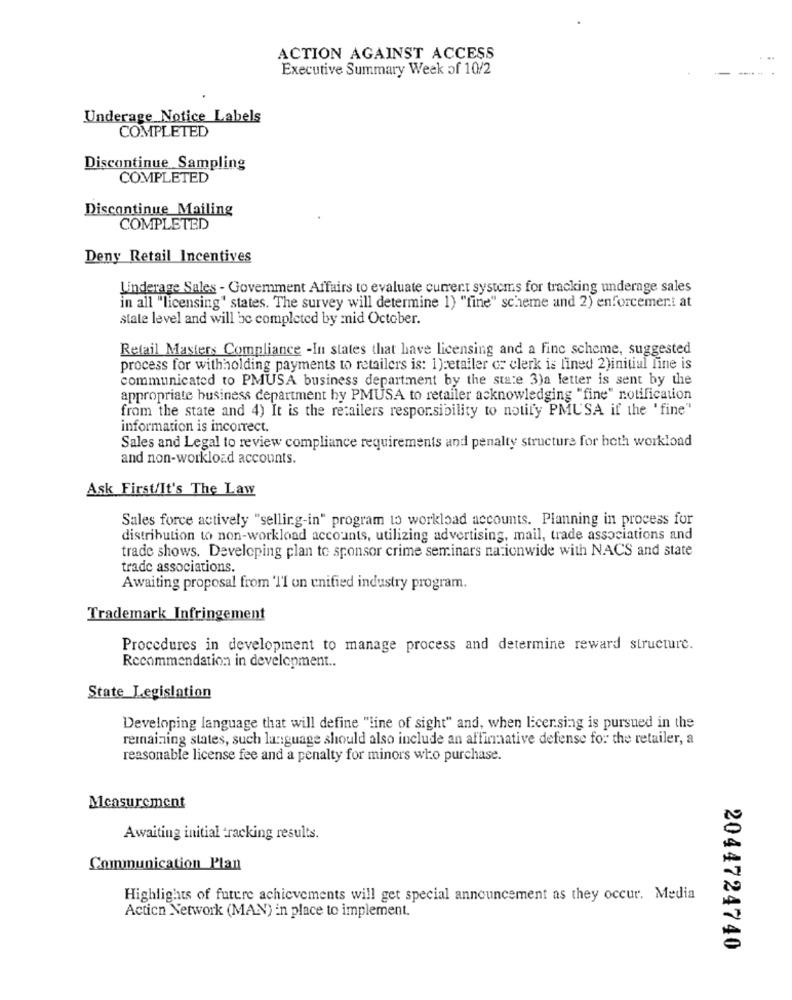
ACTION AGAINST ACCESS
. ..
Executive Summary Week of 10/2
Underage Notice Labels
COMPLETED
Discontinue Sampling
COMPLETED
Discontinue Mailing
COMPLETED
Deny Retail Incentives
Underage Sales - Government Affairs to evaluate current systems for tracking underage sales
in all "licensing" states. The survey will determine 1) "fine" scheme and 2) enforcement at
state level and will be completed by mid October.
Retail Masters Compliance -In states that have licensing and a finc scheme, suggested
process for withholding payments to retailers is: 1)retailer cr clerk is fined 2)initial fine is
communicated to PMUSA business department by the state 3)a letter is sent by the
appropriate business department by PMUSA to retailer acknowledging "fine" notification
from the state and 4) It is the retailers respor.sibility to notify PMUSA if the 'fine"
information is incorrect.
Sales and Legal to review compliance requirements and penalty structure for heth workload
and non-workload accounts.
Ask First/It's The Law
Sales force actively "selling-in" program to workload accounts. Planning in process for
distribution to non-workload accounts, utilizing advertising, mail, trade associations and
trade shows. Developing plan to sponsor crime seminars nationwide with NACS and state
trade associations.
Awaiting proposal from TI on unified industry program.
Trademark Infringement
Procedures in development to manage process and determine reward structure.
Recommendation in development ..
State Legislation
Developing language that will define "line of sight" and, when licensing is pursued in the
remaining states, such language should also include an affirmative defense for the retailer, a
reasonable license fee and a penalty for minors who purchase.
Measurement
Awaiting initial tracking results.
Communication Plan
Highlights of future achievements will get special announcement as they occur. Media
Action Network (MAN) in place to implement.
2044724740